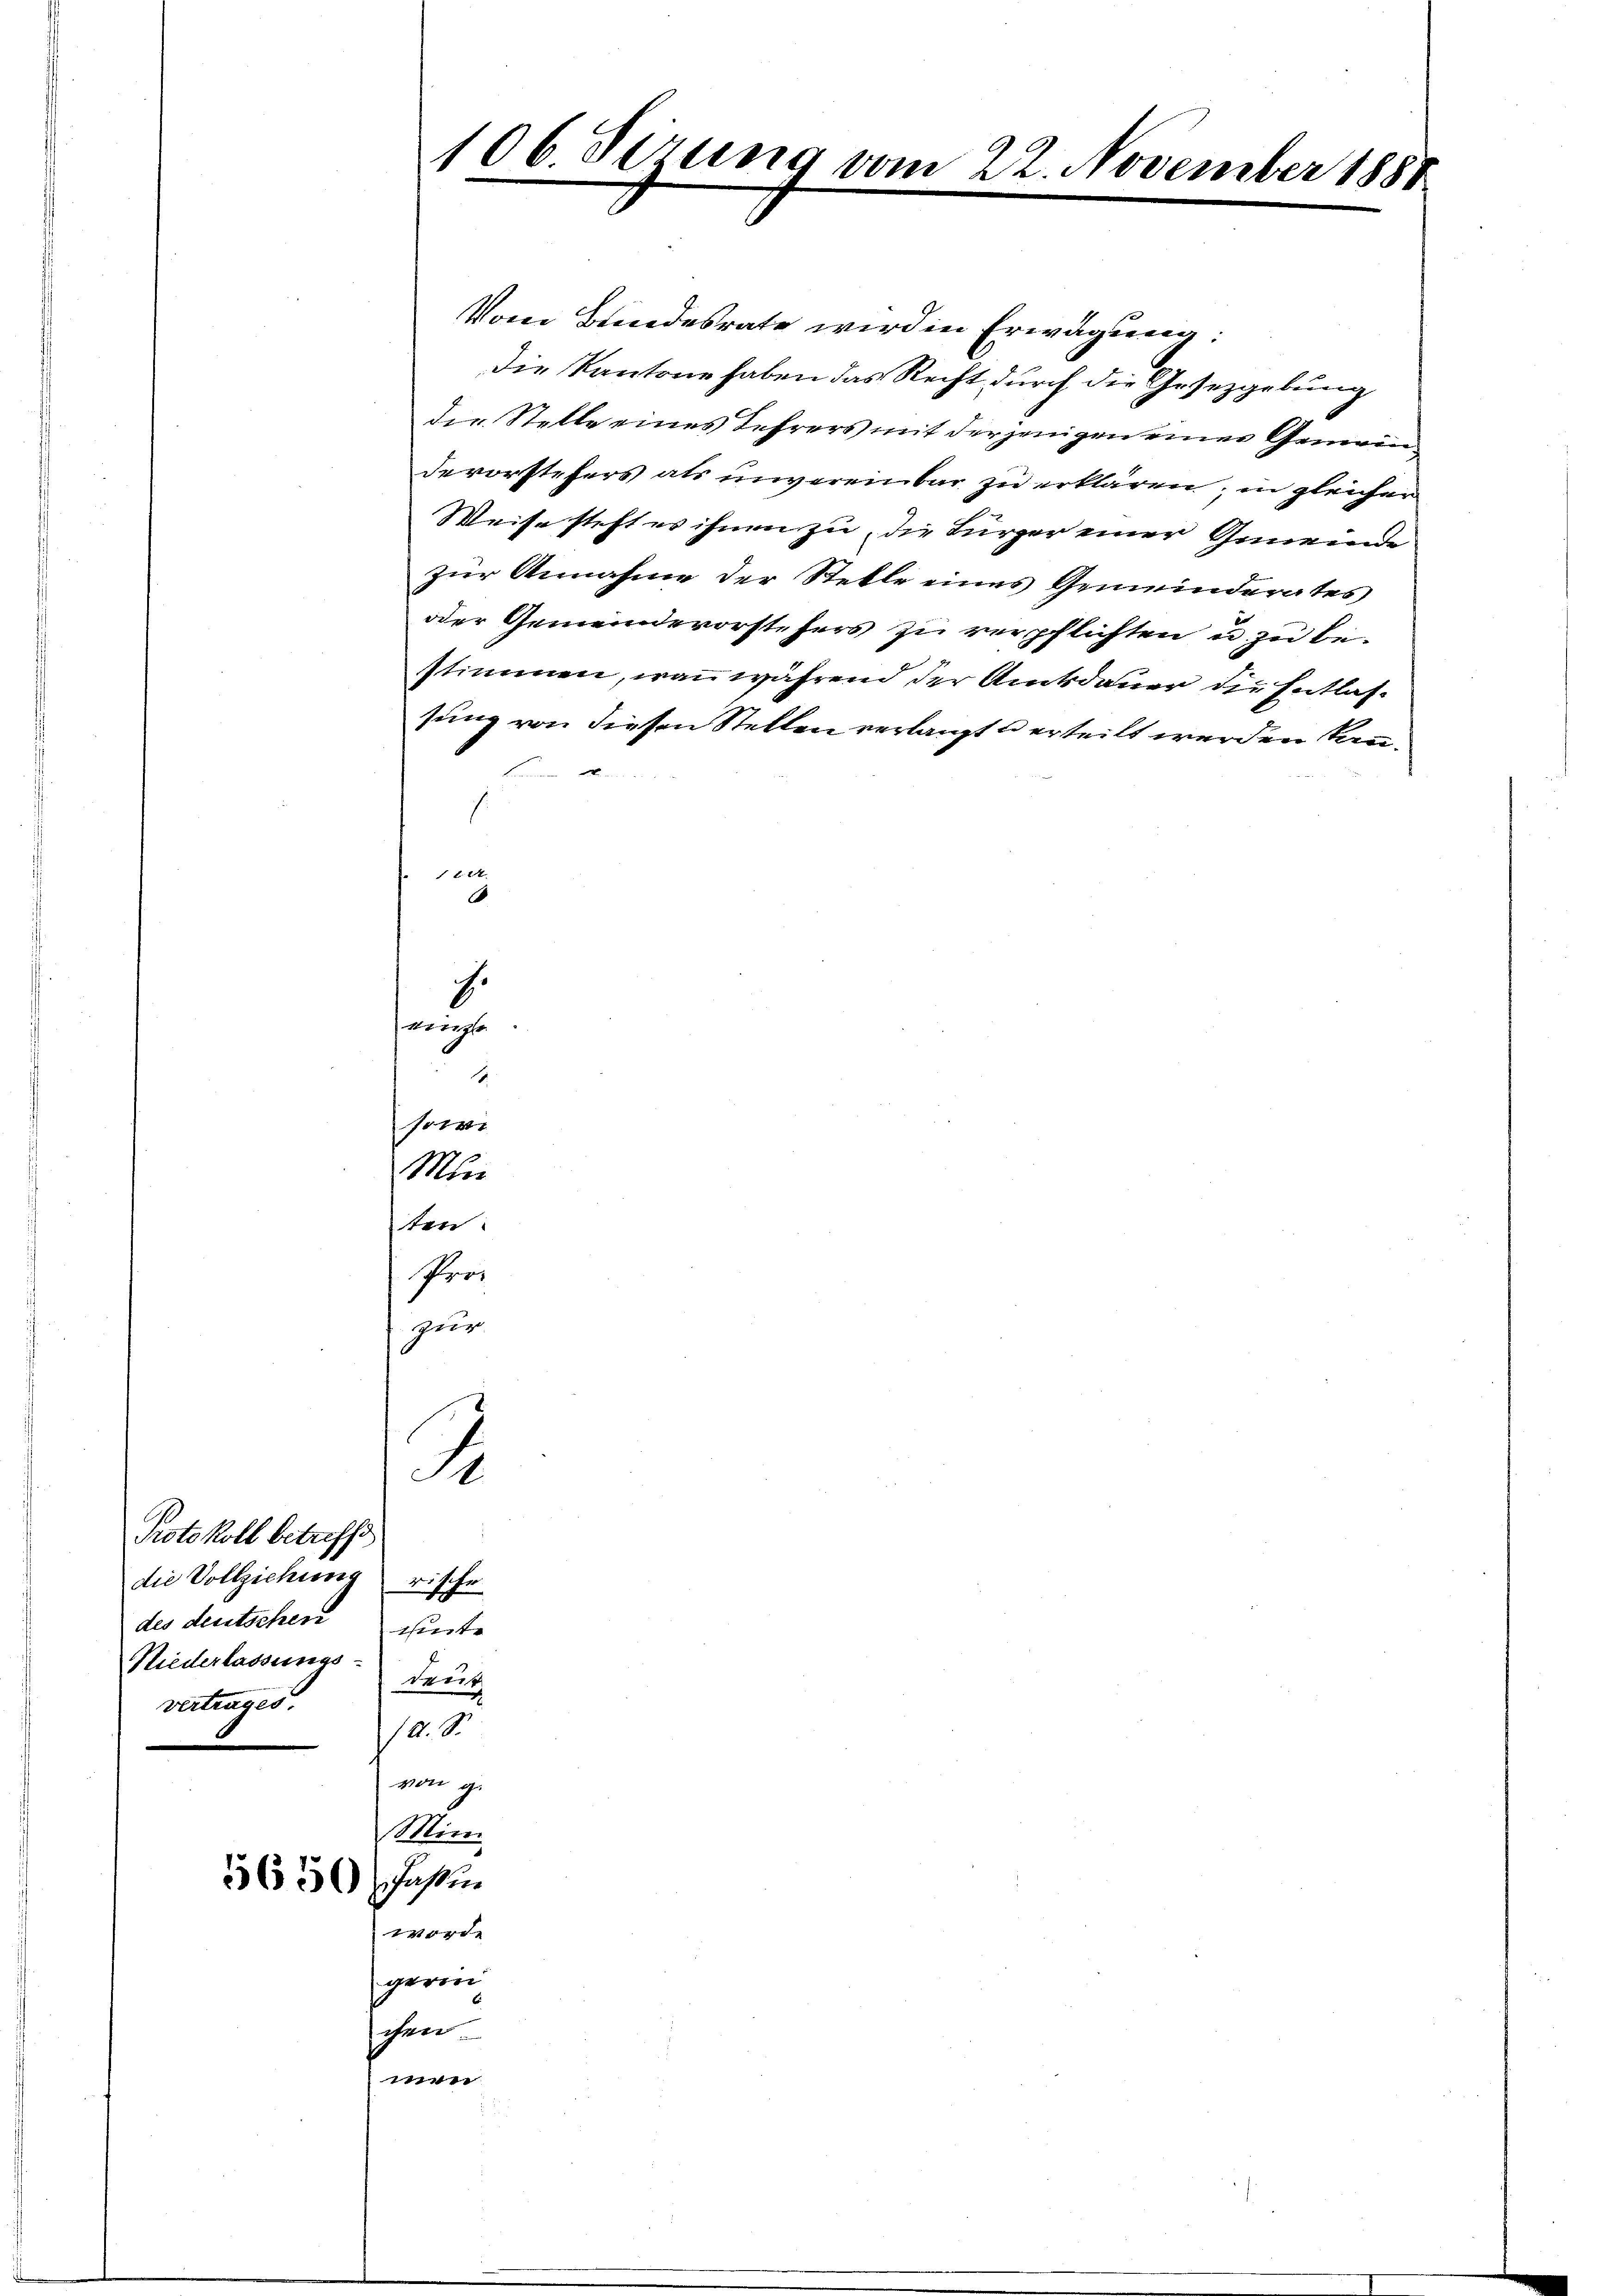
1
sowi
Min
ten:
Proi
zur
Protokoll betreffe
die Vollziehung rische
des deutschen hinte
Niederlassungs-
teut
vertrages.
. 8
von ge
Mini
5630 Fasten
worde
gerin
chen
men

106. Sizung vom 22. November 1887

Vom Bundesrate wird in Erwägung:
Die Kantone haben das Recht durch die Gesetzgebung
die Stelle eines Lehrers mit derjenigen einer Generindevorstehers als invereinbar zu erklären; in gleicher
Weise steht es ihnen zu, die Bürger einer Gemeinde
zur Annahme der Stelle eines Gemeinderates
oder Gemeindevorstehers zu verpflichten u. zu bestimmen, was während der Amtsdauer die Entlassung von diesen Stellen verlangt u erteilt werden kann.
Brennen Ober
.
l 14.
.
s
einge

S